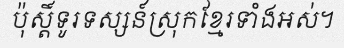
ប៉ុស្តិ៍ទូរទស្សន៍ស្រុកខ្មែរទាំងអស់។